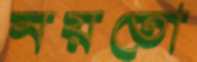
নয়তো